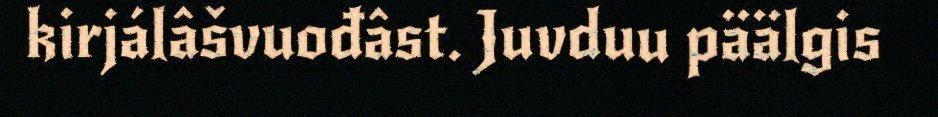
kirjálâšvuođâst. Juvduu päälgis